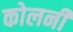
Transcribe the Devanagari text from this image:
कोलनी